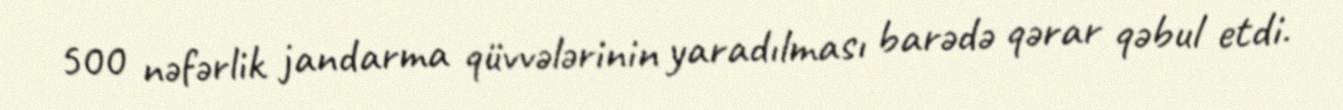
500 nəfərlik jandarma qüvvələrinin yaradılması barədə qərar qəbul etdi.